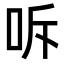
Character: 𭇓